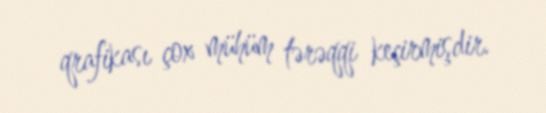
qrafikası çox mühüm tərəqqi keçirmişdir.